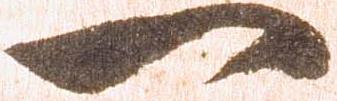
一